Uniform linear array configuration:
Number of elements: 16
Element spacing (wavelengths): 0.25
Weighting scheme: binomial
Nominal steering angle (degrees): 15
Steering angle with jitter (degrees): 13.745
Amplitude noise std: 0.05
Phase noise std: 0.05

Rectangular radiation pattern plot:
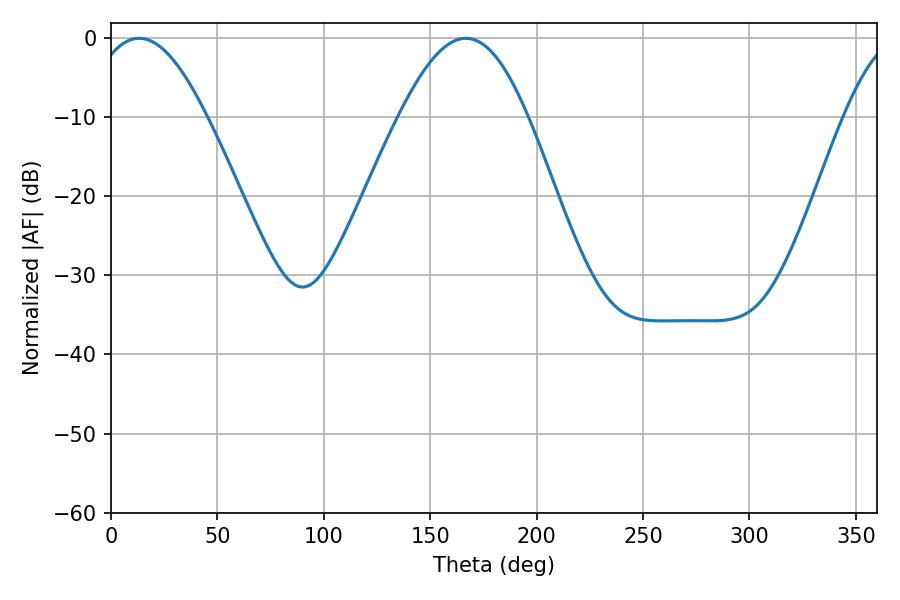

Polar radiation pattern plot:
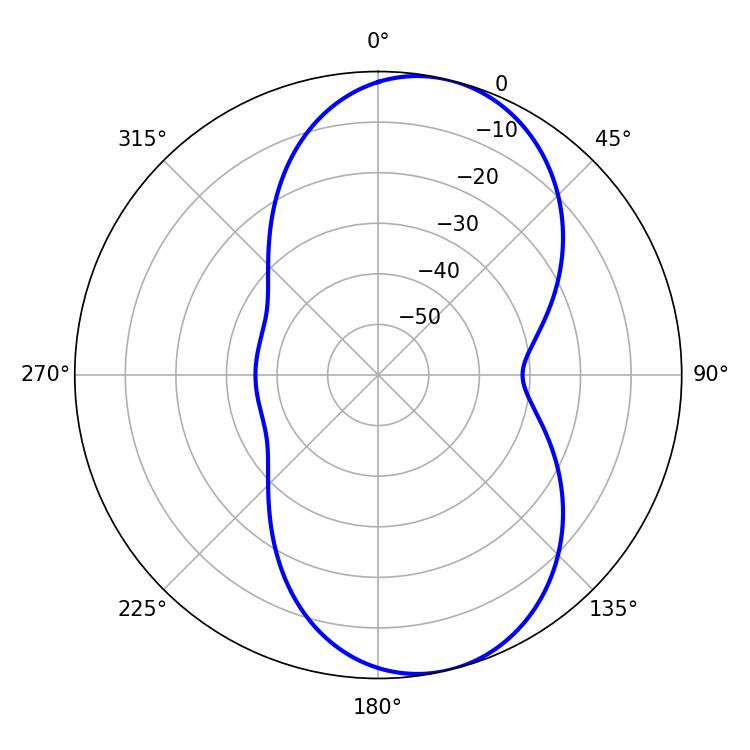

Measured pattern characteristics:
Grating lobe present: FALSE
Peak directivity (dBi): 8.34
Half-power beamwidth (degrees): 29.88
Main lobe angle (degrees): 13.32